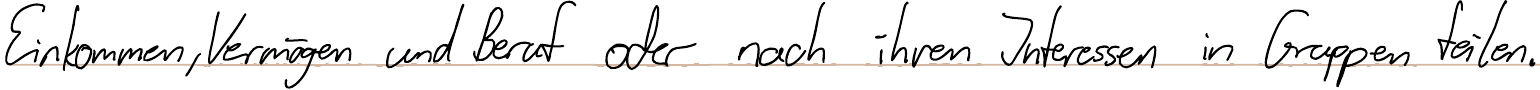
Einkommen, Vermögen und Beruf oder nach ihren Interessen in Gruppen teilen.